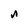
Character: n